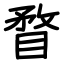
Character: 瞀